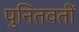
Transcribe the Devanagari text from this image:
पुनितवतीं